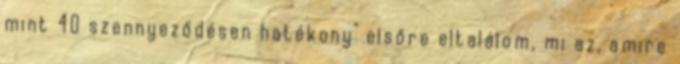
mint 40 szennyeződésen hatékony" elsőre eltalálom, mi az, amire